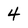
Character: 4